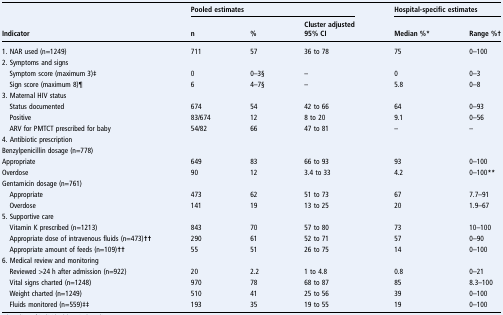
|  | <COLSPAN=3> Pooled estimates | <COLSPAN=2> Hospital-specific estimates |
 | Indicator | n | % | Cluster adjusted95% CI | Median %* | Range %† |
 | --- | --- | --- | --- | --- | --- |
 | 1. NAR used (n=1249) | 711 | 57 | 36 to 78 | 75 | 0–100 |
 | <COLSPAN=6> 2. Symptoms and signs |
 | Symptom score (maximum 3)‡ | 0 | 0–3§ | – | 0 | 0–3 |
 | Sign score (maximum 8)¶ | 6 | 4–7§ | – | 5.8 | 0–8 |
 | <COLSPAN=6> 3. Maternal HIV status |
 | Status documented | 674 | 54 | 42 to 66 | 64 | 0–93 |
 | Positive | 83/674 | 12 | 8 to 20 | 9.1 | 0–56 |
 | ARV for PMTCT prescribed for baby | 54/82 | 66 | 47 to 81 | – | – |
 | <COLSPAN=6> 4. Antibiotic prescription |
 | <COLSPAN=6> Benzylpenicillin dosage (n=778) |
 | Appropriate | 649 | 83 | 66 to 93 | 93 | 0–100 |
 | Overdose | 90 | 12 | 3.4 to 33 | 4.2 | 0–100** |
 | <COLSPAN=6> Gentamicin dosage (n=761) |
 | Appropriate | 473 | 62 | 51 to 73 | 67 | 7.7–91 |
 | Overdose | 141 | 19 | 13 to 25 | 20 | 1.9–67 |
 | <COLSPAN=6> 5. Supportive care |
 | Vitamin K prescribed (n=1213) | 843 | 70 | 57 to 80 | 73 | 10–100 |
 | Appropriate dose of intravenous fluids (n=473)†† | 290 | 61 | 52 to 71 | 57 | 0–90 |
 | Appropriate amount of feeds (n=109)†† | 55 | 51 | 26 to 75 | 14 | 0–100 |
 | <COLSPAN=6> 6. Medical review and monitoring |
 | Reviewed >24 h after admission (n=922) | 20 | 2.2 | 1 to 4.8 | 0.8 | 0–21 |
 | Vital signs charted (n=1248) | 970 | 78 | 68 to 87 | 85 | 8.3–100 |
 | Weight charted (n=1249) | 510 | 41 | 25 to 56 | 39 | 0–100 |
 | Fluids monitored (n=559)‡‡ | 193 | 35 | 19 to 55 | 19 | 0–100 |